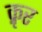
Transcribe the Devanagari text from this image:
क्रृर